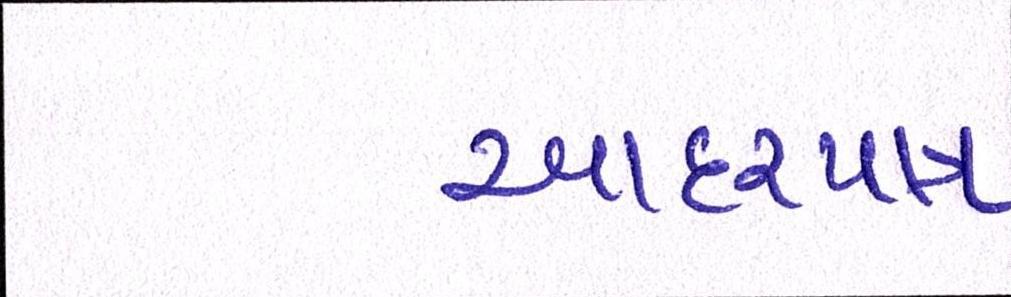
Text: આદરપાત્ર